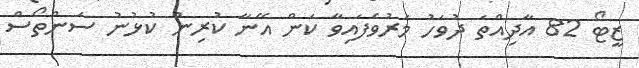
ޒީޓޯ 82 އާދިއްތަ ދުވަހު މަރުވެފައިވާ ކަން އޭނާ ކުރިން ކުޅުނު ސަންތޯސް